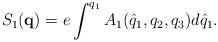
LaTeX: \begin{align*}S_1(\textbf{q})=e \int^{q_1} A_1(\hat{q}_1,q_2,q_3) d \hat{q}_1. \end{align*}